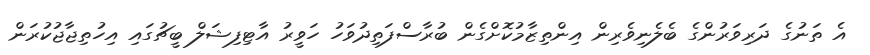
އެ ތަނުގެ ދަރިވަރުންގެ ބެލެނިވެރިން އިންތިޒާމުކޮށްގެން ބުރާސްފަތިދުވަހު ހަވީރު އާޓިފިޝަލް ބީޗުގައި އިހުތިޖާޖުކުރަން